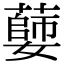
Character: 𦾦